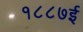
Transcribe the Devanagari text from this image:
१८८७ई